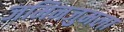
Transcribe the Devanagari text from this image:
जमिनजुमला